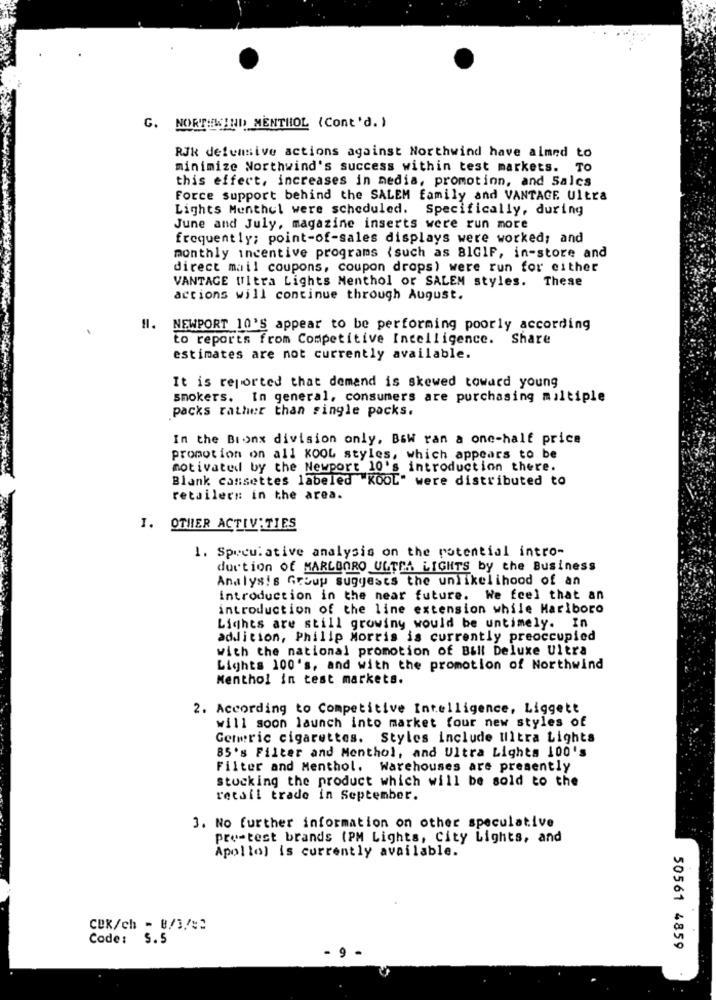
C. NORTHWIND MENTHOL (Cont'd. )
RJk defensive actions against Northwind have aimed to
minimize Northwind's success within test markets. To
this effect, increases in media, promotion, and Salcs
Force support behind the SALEM family and VANTAGE Ultra
Lights Menthel were scheduled. Specifically, during
June and July, magazine inserts were run more
frequently; point-of-sales displays were worked; and
monthly incentive programs (such as BIGIF, in-store and
direct mail coupons, coupon drops) were run for either
VANTAGE Ultra Lights Menthol or SALEM styles. These
actions will continue through August.
H. NEWPORT 10'S appear to be performing poorly according
to reports from Competitive Intelligence. Share
estimates are not currently available.
It is reported that demand is skewed toward young
smokers. In general, consumers are purchasing multiple
packs rather than single packs.
In the Bronx division only, Bow ran a one-half price
promotion on all KOOL styles, which appears to be
motivated by the Newport 10's introduction there.
Blank cassettes labeled "KOOL" were distributed to
retailers in the area.
I. OTHER ACTIVITIES
1. Specul ative analysis on the potential intro-
durtion of MARLBORO ULTRA LIGHTS by the Business
Analysis Group suggests the unlikelihood of an
introduction in the near future. We feel that an
introduction of the line extension while Marlboro
Lights are still growing would be untimely. In
addition, Philip Morris is currently preoccupied
with the national promotion of Bill Deluxe Ultra
Lights 100's, and with the promotion of Northwind
Menthol in test markets.
2. According to Competitive Intelligence, Liggett
will soon launch into market four new styles of
Getric cigarettes. Styles include Ultra Lights
85's Filter and Menthol, and Ultra Lights 100's
Filter and Menthol. Warehouses are presently
stocking the product which will be sold to the
retail trade in September.
3. No further information on other speculative
pre-test brands (PM Lights, City Lights, and
Apollo) is currently available.
CBR/ch - 8/3/82
Code: S.5
9
50561 4859